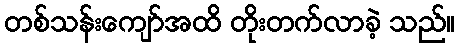
တစ်သန်းကျော်အထိ တိုးတက်လာခဲ့ သည်။